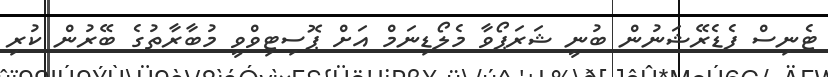
ޓެނިސް ފެޑެރޭޝަނުން ބުނީ ޝަރަޕޯވާ މެލޯޑިނަމް އަށް ޕޮސިޓިވްވީ މުބާރާތުގެ ބޭރުން ކުރި